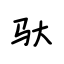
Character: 驮